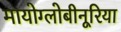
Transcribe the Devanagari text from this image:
मायोग्लोबीनूरिया